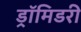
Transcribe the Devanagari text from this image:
ड्रॉमिडरी